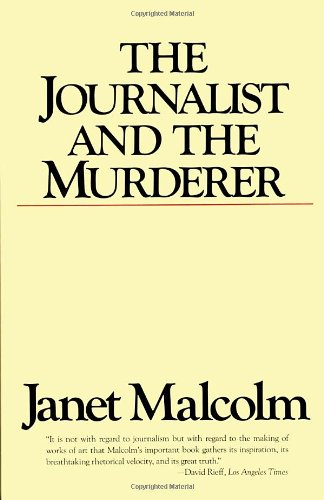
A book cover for The Journalist and the Murderer; Janet Malcolm; Biographies & Memoirs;